Annual report of the Punjab Veterinary College and of the Civil Veterinary Department, Punjab - 1894-1908
Year: 1894
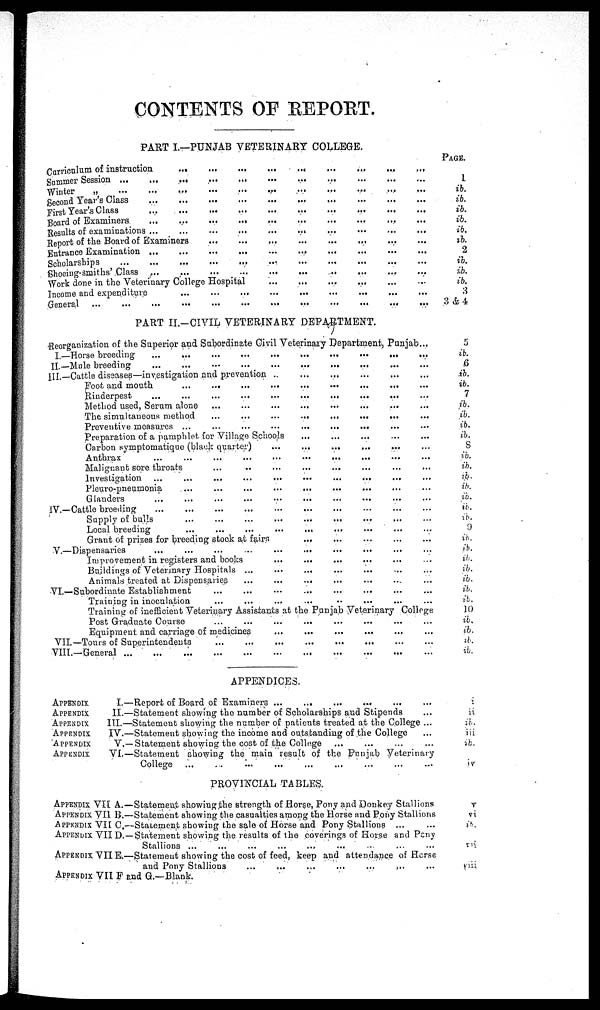
CONTENTS OF REPORT.
PART I.—PUNJAB VETERINARY COLLEGE.
Curriculum of instruction ... ... ... ... ... ... ... ... ...
Summer Session ... ... ... ... ... ... ... ... ... ...
Winter
„ ... ... ... ... ... ... ... ... ... ...
Second Tear's Class ... ... ... ... ... ... ... ... ... ...
First Year's Class ... ... ... ... ... ... ... ... ... ...
Board of Examiners ... ... ... ... ... ... ... ... ... ...
Results of examinations ... ... ... ... ... ... ... ... ... ... ...
Report of the Board of Examiners ... ... ... ... ... ... ... ... ... ...
Entrance Examination ... ... ... ... ... ... ... ... ... ... ...
Scholarships ... ... ... ... ... ... ... ... ... ...
Shoeing-smiths' Class ... ... ... ... ... ... ... ... ... ...
Work done in the Veterinary College Hospital ... ... ... ... ... ... ... ... ... ...
Income and expenditure ... ... ... ... ... ... ... ... ... ...
General ... ... ... ... ... ... ... ... ... ...
PAGE.
1
ib.
ib.
ib.
ib.
ib.
ib.
2
iv.
ib.
ib.
3
3 & 4
PART II.—CIVIL VETERINARY DEPARTMENT.
Reorganization of the Superior and Subordinate Civil Veterinary Department, Punjab
I.—Horse breeding ... ... ... ... ... ... ... ... ... ...
II.—Mule breeding ... ... ... ... ... ... ... ... ... ...
III.—Cattle diseases—investigation and prevention ... ... ... ... ... ... ... ... ... ...
Foot and mouth ... ... ... ... ... ... ... ... ... ...
Rinderpest ... ... ... ... ... ... ... ... ... ...
Method used, Serum alone ... ... ... ... ... ... ... ... ... ...
The simultaneous method ... ... ... ... ... ... ... ... ... ...
Preventive measures ... ... ... ... ... ... ... ... ... ... ...
Preparation of a pamphlet for Village Schools ... ... ... ... ... ... ... ... ... ...
Carbon symptomatique (black quarter) ... ... ... ... ... ... ... ... ... ...
Anthrax ... ... ... ... ... ... ... ... ... ...
Malignant sore throats ... ... ... ... ... ... ... ... ... ...
Investigation ... ... ... ... ... ... ... ... ... ...
Pleuro-pneumonia ... ... ... ... ... ... ... ... ... ...
Glanders ... ... ... ... ... ... ... ... ... ...
IV.—Cattle breeding ... ... ... ... ... ... ... ... ... ...
Supply of bulls ... ... ... ... ... ... ... ... ... ...
Local breeding ... ... ... ... ... ... ... ... ... ...
Grant of prises for breeding stock at fairs ... ... ... ... ... ... ... ... ... ...
V.—Dispensaries ... ... ... ... ... ... ... ... ... ...
Improvement in registers and books ... ... ... ... ... ... ... ... ... ...
Buildings of Veterinary Hospitals ... ... ... ... ... ... ... ... ... ...
Animals treated at Dispensaries ... ... ... ... ... ... ... ... ... ...
VI.—Subordinate Establishment ... ... ... ... ... ... ... ... ... ...
Training in inoculation ... ... ... ... ... ... ... ... ... ...
Training of inefficient Veterinary Assistants at the Punjab Veterinary College
Post Graduate Course ... ... ... ... ... ... ... ... ... ...
Equipment and carriage of medicines ... ... ... ... ... ... ... ... ... ...
VII.—Tours of Superintendents ... ... ... ... ... ... ... ... ... ...
VIII.—General ... ... ... ... ... ... ... ... ... ...
5
ib.
6
ib.
ib.
7
ib.
ib.
ib.
ib.
8
ib.
ib.
ib.
ib.
ib.
ib.
ib.
9
ib.
ib.
ib.
ib.
ib.
ib.
ib.
10
ib.
ib.
ib.
ib.
APPENDICES.
APPENDIX
APPENDIX
APPENDIX
APPENDIX
APPENDIX
APPENDIX
I.—Report of Board of Examiners ...
...
...
...
II.—Statement showing the number of Scholarships and Stipends ...
III.—Statement showing the number of patients treated at the College ...
IV.—Statement showing the income and outstanding of the College ...
V.—Statement showing the cost of the College ... ... ... ...
VI.—Statement showing the main result of the Punjab Veterinary
College ... ... ... ... ... ... ... ... ... ...
i
ii
ib.
iii
ib.
iv
PROVINCIAL TABLES.
APPENDIX VII A.
APPENDIX VII B.
APPENDIX VII C.
APPENDIX VII D.
APPENDIX VII E.
APPENDIX VII F
—Statement showing the strength of Horse, Pony and Donkey Stallions
—Statement showing the casualties among the Horse and Pony Stallions
—Statement showing the sale of Horse and Pony Stallions ...
—Statement showing the results of the coverings of Horse and Pony
Stallions ...
...
...
...
...
...
—Statement showing the cost of feed, keep and attendance of Horse
and Pony Stallions
...
...
...
...
...
....
and G.—Blank.
V
vi
ib.
vii
viii